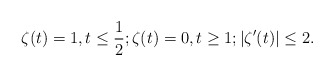
\begin{align*}\zeta(t)=1, t\leq \frac{1}{2}; \zeta(t)=0, t\geq 1; |\zeta'(t)|\leq2.\end{align*}